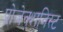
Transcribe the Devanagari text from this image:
प्रोजेक्शनिस्ट